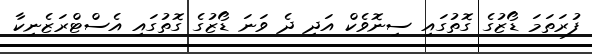
ފުރަތަމަ ޑޯޒުގެ ގޮތުގައި ސިނޮވެކް އަދި ދެ ވަނަ ޑޯޒުގެ ގޮތުގައި އެސްޓްރަޒެނިކާ